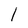
Character: I